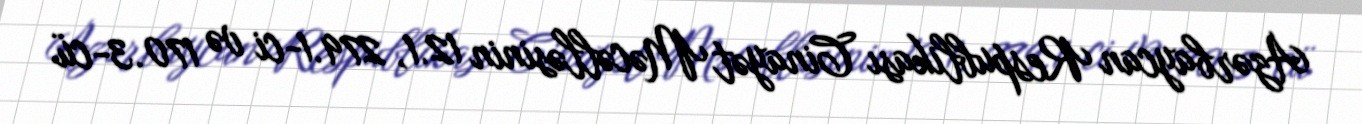
Azərbaycan Respublikası Cinayət Məcəlləsinin 12.1, 279.1-ci və 170.3-cü